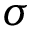
\sigma